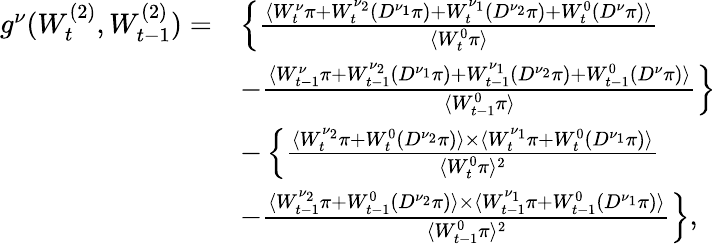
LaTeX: \begin{array}{rl}{g^{\nu}(W_{t}^{(2)},W_{t-1}^{(2)})=}&{\left\{ \frac{\langle W_{t}^{\nu}\pi+W_{t}^{\nu_{2}}(D^{\nu_{1}}\pi)+W_{t}^{\nu_{1}}(D^{\nu_{2}}\pi)+W_{t}^{0}(D^{\nu}\pi)\rangle}{\langle W_{t}^{0}\pi\rangle}\right.}\\ &{\left.-\frac{\langle W_{t-1}^{\nu}\pi+W_{t-1}^{\nu_{2}}(D^{\nu_{1}}\pi)+W_{t-1}^{\nu_{1}}(D^{\nu_{2}}\pi)+W_{t-1}^{0}(D^{\nu}\pi)\rangle}{\langle W_{t-1}^{0}\pi\rangle}\right\} }\\ &{-\left\{ \frac{\langle W_{t}^{\nu_{2}}\pi+W_{t}^{0}(D^{\nu_{2}}\pi)\rangle\times\langle W_{t}^{\nu_{1}}\pi+W_{t}^{0}(D^{\nu_{1}}\pi)\rangle}{\langle W_{t}^{0}\pi\rangle^{2}}\right.}\\ &{\left.-\frac{\langle W_{t-1}^{\nu_{2}}\pi+W_{t-1}^{0}(D^{\nu_{2}}\pi)\rangle\times\langle W_{t-1}^{\nu_{1}}\pi+W_{t-1}^{0}(D^{\nu_{1}}\pi)\rangle}{\langle W_{t-1}^{0}\pi\rangle^{2}}\right\} ,}\end{array}